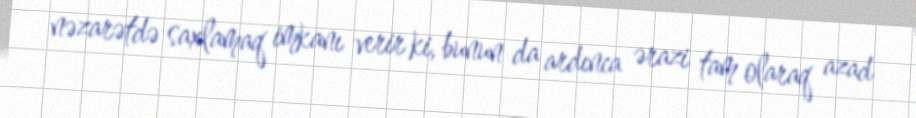
nəzarətdə saxlamaq imkanı verir ki, bunun da ardınca ərazi tam olaraq azad